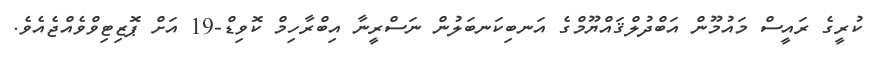
ކުރީގެ ރައީސް މައުމޫން އަބްދުލްޤައްޔޫމްގެ އަނބިކަނބަލުން ނަސްރީނާ އިބްރާހިމް ކޮވިޑް-19 އަށް ޕޮޒިޓިވްވެއްޖެއެވެ.